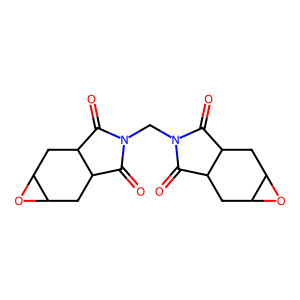
SMILES: O=C1C2CC3OC3CC2C(=O)N1CN1C(=O)C2CC3OC3CC2C1=O
Inhibits HIV replication: No